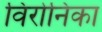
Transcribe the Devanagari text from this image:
विरोनिका